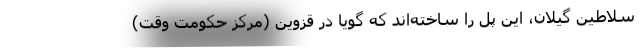
سلاطین گیلان، این پل را ساخته‌اند که گویا در قزوین (مرکز حکومت وقت)